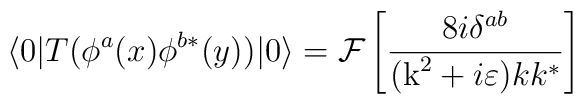
\langle 0|T (\phi^a(x) \phi^{b*} (y)) |0 \rangle =  {\cal F}\left[  \frac{8i \delta^{ab}}{(\mbox{k}^2 + i\varepsilon) kk^*}\right]